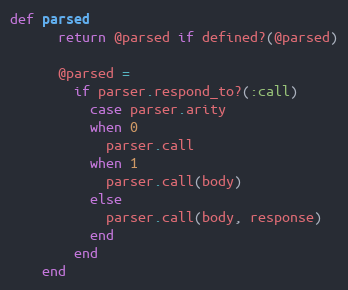
Language: Ruby
def parsed
      return @parsed if defined?(@parsed)

      @parsed =
        if parser.respond_to?(:call)
          case parser.arity
          when 0
            parser.call
          when 1
            parser.call(body)
          else
            parser.call(body, response)
          end
        end
    end